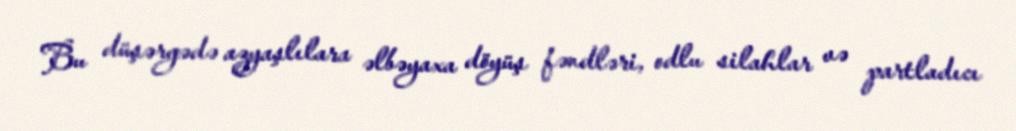
Bu düşərgədə azyaşlılara əlbəyaxa döyüş fəndləri, odlu silahlar və partladıcı